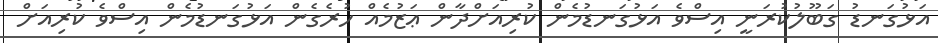
އަޅުގަނޑު ގަބޫލުކުރަނީ އިސްވެ އަޅުގަނޑުމެން ކުރިއަށްދާން ޢަޒުމެއް ހުރެގެން އަޅުގަނޑުމެން އިސްވެ ކުރިއަށް